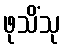
ဖုသိံသု